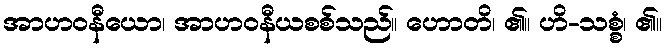
အာဟဝနီယော၊ အာဟဝနီယစစ်သည်။ ဟောတိ၊ ၏။ ဟိ-သစ္စံ၊ ၏။